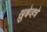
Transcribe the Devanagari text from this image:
ख्रुश्चेव्हचे